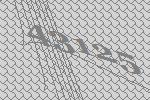
43125